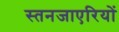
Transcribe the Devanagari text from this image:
स्तनजाएरियों